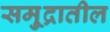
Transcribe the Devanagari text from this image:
समु्द्रातील